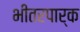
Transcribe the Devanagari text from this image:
भीतरपार्क